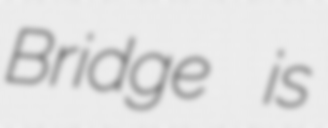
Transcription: Bridge is